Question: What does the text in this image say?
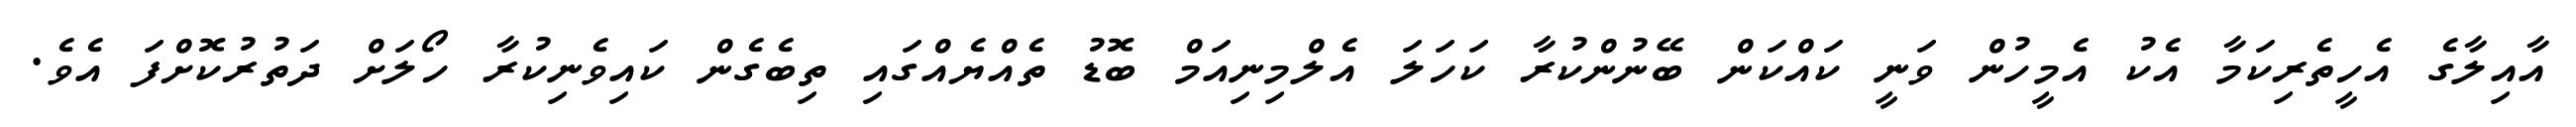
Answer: އާއިލާގެ އެހީތެރިކަމާ އެކު އެމީހުން ވަނީ ކައްކަން ބޭނުންކުރާ ކަހަލަ އެލްމިނިއަމް ބޮޑު ތެއްޔެއްގައި ތިބެގެން ކައިވެނިކުރާ ހޯލަށް ދަތުރުކޮށްފަ އެވެ.